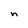
Character: n